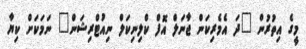
މީގެ އިތުރުން "ދަ އެމެރިކަން ޖާނަލް އޮފް ކްލިނިކަލް ނިއުޓްރިޝަން" ނަމަކަށް ކިޔާ